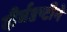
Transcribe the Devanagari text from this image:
दीर्घदृष्टीने